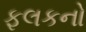
ફલકનો